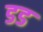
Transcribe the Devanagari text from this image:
डड